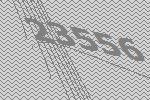
23556